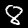
Digit: 8